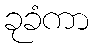
ခုခံကာ